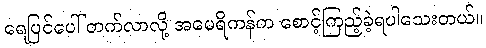
ရေပြင်ပေါ် တက်လာလို့ အမေရိကန်က စောင့်ကြည့်ခဲ့ရပါသေးတယ်။